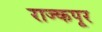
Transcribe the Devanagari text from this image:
राज्कपूर